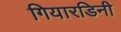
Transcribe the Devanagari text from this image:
गियारडिनी